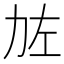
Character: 𠡃